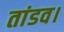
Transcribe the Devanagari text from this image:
तांडव।